Loona_vallavalitsus_Kihelkonna_kihelkonnas, lk 24
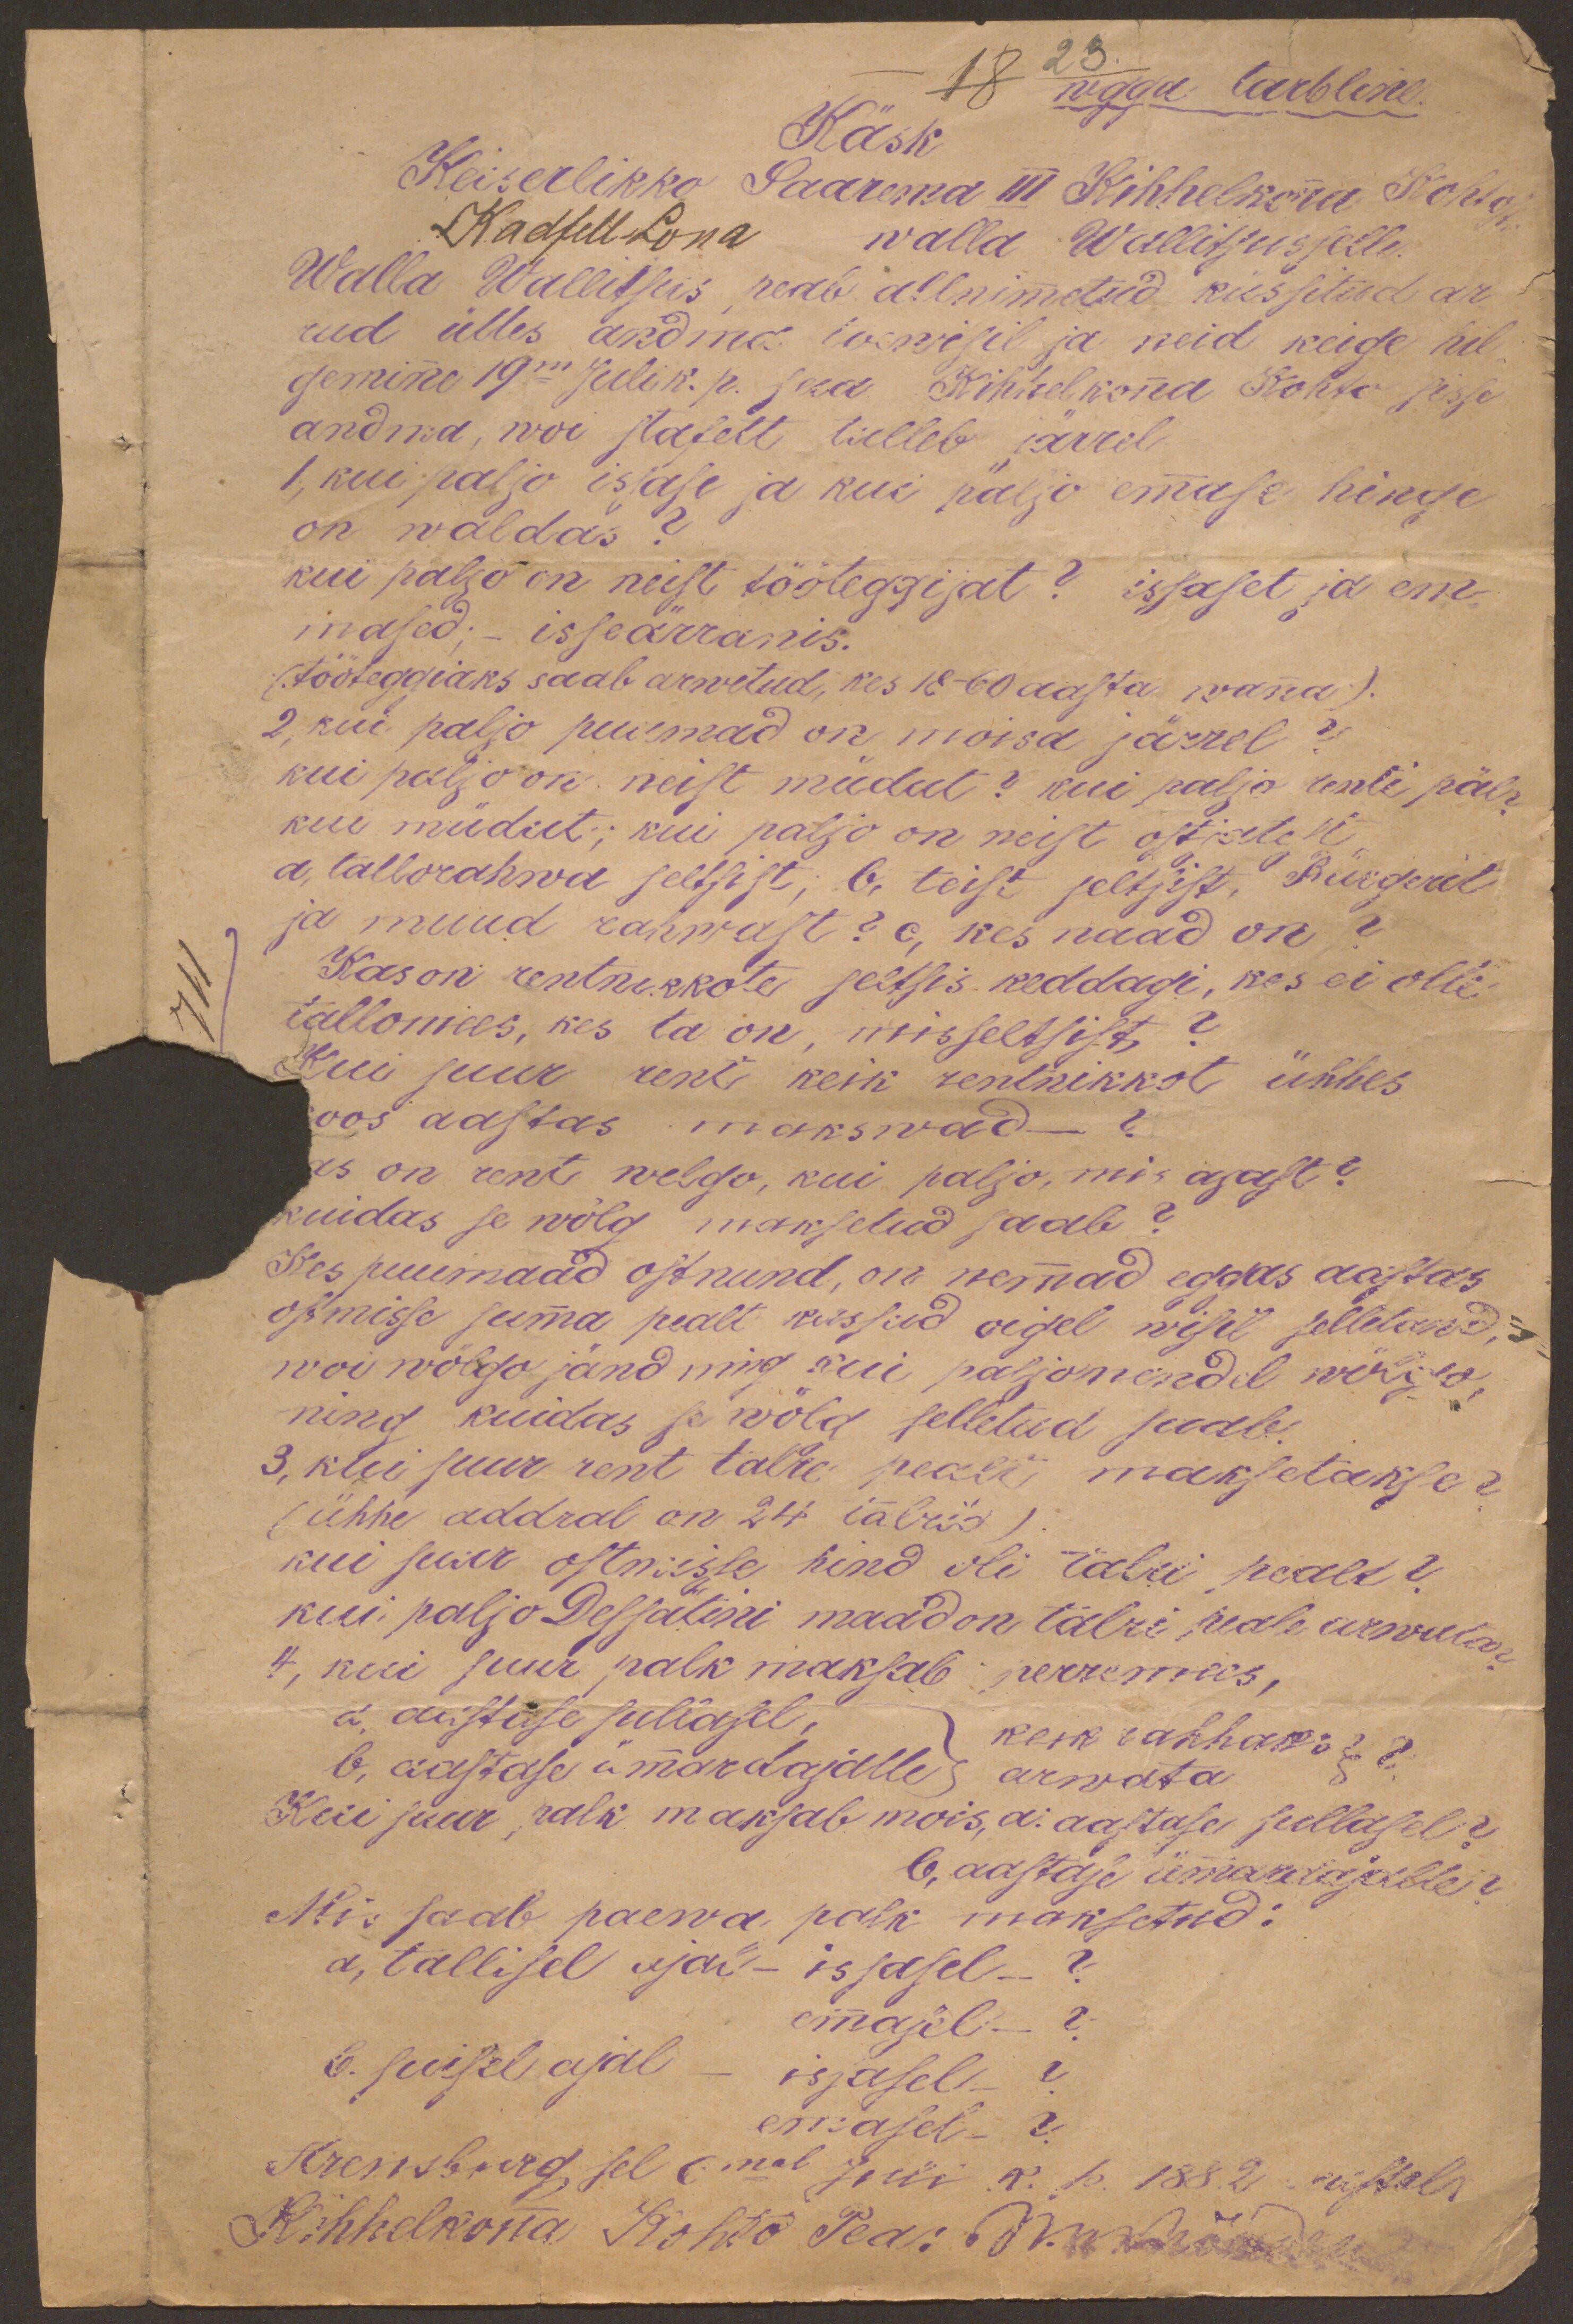
Käsk
wegga tarbline
18
23.
Keiserlikko Saarema III Kihhelkonna Kohto
Kadfell-Lona walla Wallitsusselle
Walla Wallitsus peab allnimetud küssitud ar-
vud ülles andma teenisil ja neid keige hil-
jemini 19ni Julik. p. pea Kihkelkonna Kohto sisse
andma, woi stafett tulleb järrel
1, kui paljo issase ja kui paljo emmase hinge
on waldas?
kui paljo on neist tööteggijat? issaset ja em-.
mased; - isseärranis.
tööteggiaks saab arwetud, kes 18-60 aasta wanna).
2, kui paljo puiemad on möisa järrel?
kui paljo on neist müdut? Kui palja renti päl?
kui müdut; kui paljo on neist ostiatest
a, tallorahwa seltsist; b, teist seltsist, Bürgerit
ja muud rahwast? c, kes naad on?
Kas on rentnikkote seltsis keddagi, kes ei olle
tallomees, kes ta on, mis seltsist?
Kui suur rent keik rentnikkot ühhes
koos aastas makswad?
Kas on rent welgo, kui paljo, mis ajast?
Kuidas se wölg maksetud saab?
Kes puumaad ostnund, on nemmad eggas aastas
ostmisse summa pealt kassud oigel wisil selletand,
woi wölgo jänd ning kui paljo nendel welgo,
ning kuidas se wölg selletud saab.
3, kui suur rent talri pealt maksetakse?
(ühhe aadral on 24 talrid).
kui suur ostmisse hind oli talri pealt?
kui paljo Dessatini maad on talri peale arwata
4, kui suur palk maksab perremees,
a, aastase sullasel
kesk rahhani
b, aastase ümmardajalle
arwata
Kui suur palk maksab mois, a, aastase sullasel?
b, aastase ümmardajalle?
Mis saab paewa palk maksetud:
a, tallisel ajal - issasel -?
emmasel-?
b, suisel ajal - issasel-?
emmasel-?
Arensburg, sel 6mal Juli k. p. 1882. aastal
Kihhelkona Kohto Pea: M. nõuduse

711